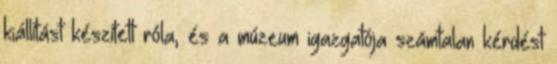
kiállítást készített róla, és a múzeum igazgatója számtalan kérdést